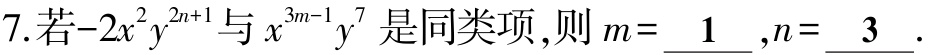
7. 若\(-2x^{2}y^{2n + 1}\)与\(x^{3m - 1}y^{7}\)是同类项，则\(m = \underline{1}\)，\(n = \underline{3}\).